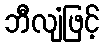
ဘီလျံဖြင့်